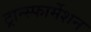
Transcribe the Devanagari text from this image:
ट्रान्स्फार्मेशन